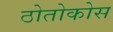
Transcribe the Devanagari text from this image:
ठोतोकोस